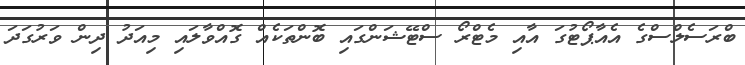
ބްރަސެލްސްގެ އެއާޕޯޓުގަ އާއި މެޓްރޯ ސްޓޭޝަންގައި ބޮންތަކެއް ގޮއްވާލައި މިއަދު ދިން ވަރުގަދަ